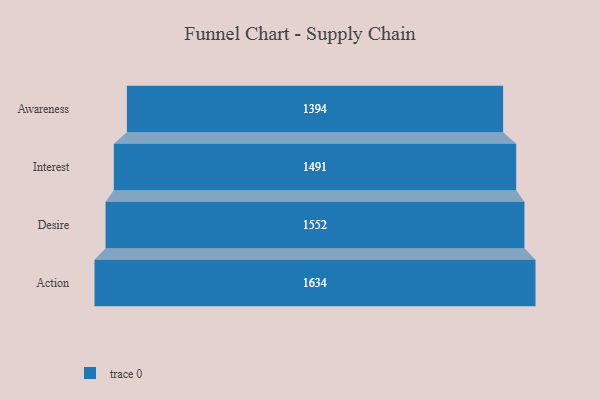
{"axis": {"x": "Stage", "y": "Value"}, "legend": [""], "data": [{"x": "Awareness", "y": 1394.0, "type": ""}, {"x": "Interest", "y": 1491.0, "type": ""}, {"x": "Desire", "y": 1552.0, "type": ""}, {"x": "Action", "y": 1634.0, "type": ""}]}